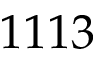
1 1 1 3